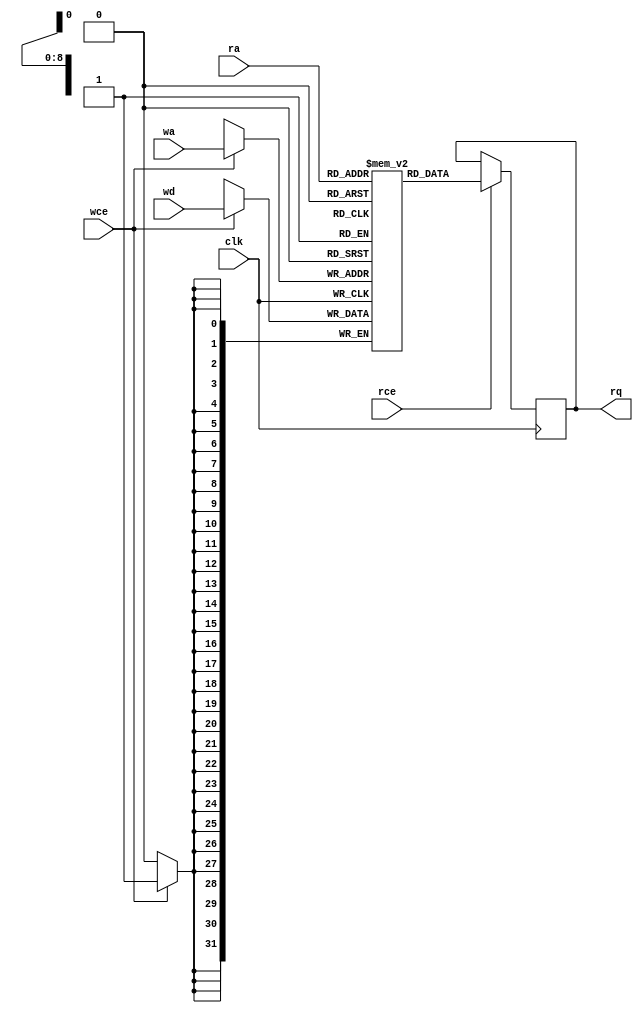
// Copyright (C) 2019-2022 The SymbiFlow Authors
//
// Use of this source code is governed by a ISC-style
// license that can be found in the LICENSE file or at
// https://opensource.org/licenses/ISC
//
// SPDX-License-Identifier: ISC

module BRAM_SDP_SPLIT #(parameter AWIDTH = 9,
parameter DWIDTH = 32)(
	clk,
	rce,
	ra,
	rq,
	wce,
	wa,
	wd
);

	input			clk;
	input                   rce;
	input      [AWIDTH-1:0] ra;
	output reg [DWIDTH-1:0] rq;
	input                   wce;
	input      [AWIDTH-1:0] wa;
	input      [DWIDTH-1:0] wd;

	reg        [DWIDTH-1:0] memory[0:(1<<AWIDTH)-1];

	always @(posedge clk) begin
		if (rce)
			rq <= memory[ra];

		if (wce)
			memory[wa] <= wd;
	end

	integer i;
	initial
	begin
		for(i = 0; i < (1<<AWIDTH)-1; i = i + 1)
			memory[i] = 0;
	end

endmodule

module BRAM_SDP_SPLIT_2x18K #(parameter AWIDTH = 10, parameter DWIDTH = 18)(
	clk_0,
	rce_0,
	ra_0,
	rq_0,
	wce_0,
	wa_0,
	wd_0,

	clk_1,
	rce_1,
	ra_1,
	rq_1,
	wce_1,
	wa_1,
	wd_1
);

	input			clk_0;
	input                   rce_0;
	input      [AWIDTH-1:0] ra_0;
	output     [DWIDTH-1:0] rq_0;
	input                   wce_0;
	input      [AWIDTH-1:0] wa_0;
	input      [DWIDTH-1:0] wd_0;
	input			clk_1;
	input                   rce_1;
	input      [AWIDTH-1:0] ra_1;
	output     [DWIDTH-1:0] rq_1;
	input                   wce_1;
	input      [AWIDTH-1:0] wa_1;
	input      [DWIDTH-1:0] wd_1;

BRAM_SDP_SPLIT #(.AWIDTH(AWIDTH), .DWIDTH(DWIDTH))
	BRAM_SDP_SPLIT_0 (.clk(clk_0),
		 .rce(rce_0),
		 .ra(ra_0),
		 .rq(rq_0),
		 .wce(wce_0),
		 .wa(wa_0),
		 .wd(wd_0));

BRAM_SDP_SPLIT #(.AWIDTH(AWIDTH), .DWIDTH(DWIDTH))
	BRAM_SDP_SPLIT_1 (.clk(clk_1),
		 .rce(rce_1),
		 .ra(ra_1),
		 .rq(rq_1),
		 .wce(wce_1),
		 .wa(wa_1),
		 .wd(wd_1));
endmodule


module BRAM_SDP_SPLIT_2x18x1024 (
	clk_0,
	rce_0,
	ra_0,
	rq_0,
	wce_0,
	wa_0,
	wd_0,

	clk_1,
	rce_1,
	ra_1,
	rq_1,
	wce_1,
	wa_1,
	wd_1
);

parameter AWIDTH = 10;
parameter DWIDTH = 18;

	input			clk_0;
	input                   rce_0;
	input      [AWIDTH-1:0] ra_0;
	output     [DWIDTH-1:0] rq_0;
	input                   wce_0;
	input      [AWIDTH-1:0] wa_0;
	input      [DWIDTH-1:0] wd_0;
	input			clk_1;
	input                   rce_1;
	input      [AWIDTH-1:0] ra_1;
	output     [DWIDTH-1:0] rq_1;
	input                   wce_1;
	input      [AWIDTH-1:0] wa_1;
	input      [DWIDTH-1:0] wd_1;

BRAM_SDP_SPLIT_2x18K #(.AWIDTH(AWIDTH), .DWIDTH(DWIDTH))
	BRAM_SDP_SPLIT_2x18x1024 (
		 .clk_0(clk_0),
		 .rce_0(rce_0),
		 .ra_0(ra_0),
		 .rq_0(rq_0),
		 .wce_0(wce_0),
		 .wa_0(wa_0),
		 .wd_0(wd_0),
		 .clk_1(clk_1),
		 .rce_1(rce_1),
		 .ra_1(ra_1),
		 .rq_1(rq_1),
		 .wce_1(wce_1),
		 .wa_1(wa_1),
		 .wd_1(wd_1));
endmodule


module BRAM_SDP_SPLIT_2x16x1024 (
	clk_0,
	rce_0,
	ra_0,
	rq_0,
	wce_0,
	wa_0,
	wd_0,

	clk_1,
	rce_1,
	ra_1,
	rq_1,
	wce_1,
	wa_1,
	wd_1
);

parameter AWIDTH = 10;
parameter DWIDTH = 16;

	input			clk_0;
	input                   rce_0;
	input      [AWIDTH-1:0] ra_0;
	output     [DWIDTH-1:0] rq_0;
	input                   wce_0;
	input      [AWIDTH-1:0] wa_0;
	input      [DWIDTH-1:0] wd_0;
	input			clk_1;
	input                   rce_1;
	input      [AWIDTH-1:0] ra_1;
	output     [DWIDTH-1:0] rq_1;
	input                   wce_1;
	input      [AWIDTH-1:0] wa_1;
	input      [DWIDTH-1:0] wd_1;

BRAM_SDP_SPLIT_2x18K #(.AWIDTH(AWIDTH), .DWIDTH(DWIDTH))
	BRAM_SDP_SPLIT_2x16x1024 (
		 .clk_0(clk_0),
		 .rce_0(rce_0),
		 .ra_0(ra_0),
		 .rq_0(rq_0),
		 .wce_0(wce_0),
		 .wa_0(wa_0),
		 .wd_0(wd_0),
		 .clk_1(clk_1),
		 .rce_1(rce_1),
		 .ra_1(ra_1),
		 .rq_1(rq_1),
		 .wce_1(wce_1),
		 .wa_1(wa_1),
		 .wd_1(wd_1));
endmodule


module BRAM_SDP_SPLIT_2x9x2048 (
	clk_0,
	rce_0,
	ra_0,
	rq_0,
	wce_0,
	wa_0,
	wd_0,

	clk_1,
	rce_1,
	ra_1,
	rq_1,
	wce_1,
	wa_1,
	wd_1
);

parameter AWIDTH = 11;
parameter DWIDTH = 9;

	input			clk_0;
	input                   rce_0;
	input      [AWIDTH-1:0] ra_0;
	output     [DWIDTH-1:0] rq_0;
	input                   wce_0;
	input      [AWIDTH-1:0] wa_0;
	input      [DWIDTH-1:0] wd_0;
	input			clk_1;
	input                   rce_1;
	input      [AWIDTH-1:0] ra_1;
	output     [DWIDTH-1:0] rq_1;
	input                   wce_1;
	input      [AWIDTH-1:0] wa_1;
	input      [DWIDTH-1:0] wd_1;

BRAM_SDP_SPLIT_2x18K #(.AWIDTH(AWIDTH), .DWIDTH(DWIDTH))
	BRAM_SDP_SPLIT_2x9x2048 (
		 .clk_0(clk_0),
		 .rce_0(rce_0),
		 .ra_0(ra_0),
		 .rq_0(rq_0),
		 .wce_0(wce_0),
		 .wa_0(wa_0),
		 .wd_0(wd_0),
		 .clk_1(clk_1),
		 .rce_1(rce_1),
		 .ra_1(ra_1),
		 .rq_1(rq_1),
		 .wce_1(wce_1),
		 .wa_1(wa_1),
		 .wd_1(wd_1));
endmodule

module BRAM_SDP_SPLIT_2x8x2048 (
	clk_0,
	rce_0,
	ra_0,
	rq_0,
	wce_0,
	wa_0,
	wd_0,

	clk_1,
	rce_1,
	ra_1,
	rq_1,
	wce_1,
	wa_1,
	wd_1
);

parameter AWIDTH = 11;
parameter DWIDTH = 8;

	input			clk_0;
	input                   rce_0;
	input      [AWIDTH-1:0] ra_0;
	output     [DWIDTH-1:0] rq_0;
	input                   wce_0;
	input      [AWIDTH-1:0] wa_0;
	input      [DWIDTH-1:0] wd_0;
	input			clk_1;
	input                   rce_1;
	input      [AWIDTH-1:0] ra_1;
	output     [DWIDTH-1:0] rq_1;
	input                   wce_1;
	input      [AWIDTH-1:0] wa_1;
	input      [DWIDTH-1:0] wd_1;

BRAM_SDP_SPLIT_2x18K #(.AWIDTH(AWIDTH), .DWIDTH(DWIDTH))
	BRAM_SDP_SPLIT_2x8x2048 (
		 .clk_0(clk_0),
		 .rce_0(rce_0),
		 .ra_0(ra_0),
		 .rq_0(rq_0),
		 .wce_0(wce_0),
		 .wa_0(wa_0),
		 .wd_0(wd_0),
		 .clk_1(clk_1),
		 .rce_1(rce_1),
		 .ra_1(ra_1),
		 .rq_1(rq_1),
		 .wce_1(wce_1),
		 .wa_1(wa_1),
		 .wd_1(wd_1));
endmodule

module BRAM_SDP_SPLIT_2x4x4096 (
	clk_0,
	rce_0,
	ra_0,
	rq_0,
	wce_0,
	wa_0,
	wd_0,

	clk_1,
	rce_1,
	ra_1,
	rq_1,
	wce_1,
	wa_1,
	wd_1
);

parameter AWIDTH = 12;
parameter DWIDTH = 4;

	input			clk_0;
	input                   rce_0;
	input      [AWIDTH-1:0] ra_0;
	output     [DWIDTH-1:0] rq_0;
	input                   wce_0;
	input      [AWIDTH-1:0] wa_0;
	input      [DWIDTH-1:0] wd_0;
	input			clk_1;
	input                   rce_1;
	input      [AWIDTH-1:0] ra_1;
	output     [DWIDTH-1:0] rq_1;
	input                   wce_1;
	input      [AWIDTH-1:0] wa_1;
	input      [DWIDTH-1:0] wd_1;

BRAM_SDP_SPLIT_2x18K #(.AWIDTH(AWIDTH), .DWIDTH(DWIDTH))
	BRAM_SDP_SPLIT_2x4x4096 (
		 .clk_0(clk_0),
		 .rce_0(rce_0),
		 .ra_0(ra_0),
		 .rq_0(rq_0),
		 .wce_0(wce_0),
		 .wa_0(wa_0),
		 .wd_0(wd_0),
		 .clk_1(clk_1),
		 .rce_1(rce_1),
		 .ra_1(ra_1),
		 .rq_1(rq_1),
		 .wce_1(wce_1),
		 .wa_1(wa_1),
		 .wd_1(wd_1));
endmodule

module BRAM_SDP_SPLIT_2x2x8192 (
	clk_0,
	rce_0,
	ra_0,
	rq_0,
	wce_0,
	wa_0,
	wd_0,

	clk_1,
	rce_1,
	ra_1,
	rq_1,
	wce_1,
	wa_1,
	wd_1
);

parameter AWIDTH = 13;
parameter DWIDTH = 2;

	input			clk_0;
	input                   rce_0;
	input      [AWIDTH-1:0] ra_0;
	output     [DWIDTH-1:0] rq_0;
	input                   wce_0;
	input      [AWIDTH-1:0] wa_0;
	input      [DWIDTH-1:0] wd_0;
	input			clk_1;
	input                   rce_1;
	input      [AWIDTH-1:0] ra_1;
	output     [DWIDTH-1:0] rq_1;
	input                   wce_1;
	input      [AWIDTH-1:0] wa_1;
	input      [DWIDTH-1:0] wd_1;

BRAM_SDP_SPLIT_2x18K #(.AWIDTH(AWIDTH), .DWIDTH(DWIDTH))
	BRAM_SDP_SPLIT_2x2x8192 (
		 .clk_0(clk_0),
		 .rce_0(rce_0),
		 .ra_0(ra_0),
		 .rq_0(rq_0),
		 .wce_0(wce_0),
		 .wa_0(wa_0),
		 .wd_0(wd_0),
		 .clk_1(clk_1),
		 .rce_1(rce_1),
		 .ra_1(ra_1),
		 .rq_1(rq_1),
		 .wce_1(wce_1),
		 .wa_1(wa_1),
		 .wd_1(wd_1));
endmodule

module BRAM_SDP_SPLIT_2x1x16384 (
	clk_0,
	rce_0,
	ra_0,
	rq_0,
	wce_0,
	wa_0,
	wd_0,

	clk_1,
	rce_1,
	ra_1,
	rq_1,
	wce_1,
	wa_1,
	wd_1
);

parameter AWIDTH = 14;
parameter DWIDTH = 1;

	input			clk_0;
	input                   rce_0;
	input      [AWIDTH-1:0] ra_0;
	output     [DWIDTH-1:0] rq_0;
	input                   wce_0;
	input      [AWIDTH-1:0] wa_0;
	input      [DWIDTH-1:0] wd_0;
	input			clk_1;
	input                   rce_1;
	input      [AWIDTH-1:0] ra_1;
	output     [DWIDTH-1:0] rq_1;
	input                   wce_1;
	input      [AWIDTH-1:0] wa_1;
	input      [DWIDTH-1:0] wd_1;

BRAM_SDP_SPLIT_2x18K #(.AWIDTH(AWIDTH), .DWIDTH(DWIDTH))
	BRAM_SDP_SPLIT_2x1x16384 (
		 .clk_0(clk_0),
		 .rce_0(rce_0),
		 .ra_0(ra_0),
		 .rq_0(rq_0),
		 .wce_0(wce_0),
		 .wa_0(wa_0),
		 .wd_0(wd_0),
		 .clk_1(clk_1),
		 .rce_1(rce_1),
		 .ra_1(ra_1),
		 .rq_1(rq_1),
		 .wce_1(wce_1),
		 .wa_1(wa_1),
		 .wd_1(wd_1));
endmodule